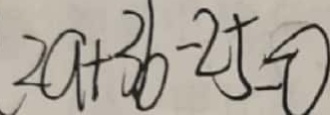
2 a + 3 b - 2 5 = 0